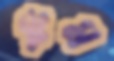
ঘ্রুম